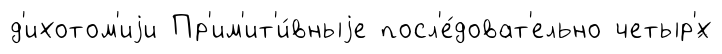
д'ихотом'иjи Пр'им'ит'и́вныjе посл'е́доват'ельно четыр'́х